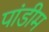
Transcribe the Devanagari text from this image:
पांडीम